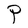
Character: P